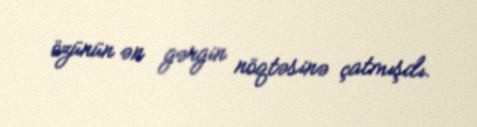
özünün ən gərgin nöqtəsinə çatmışdı.